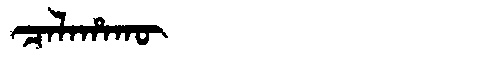
Manchu: ᠴᠠᠯᠠᡥᠠᡴᡡ
Romanization: CALAHAKŪ